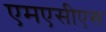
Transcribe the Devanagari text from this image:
एमएसीएस